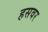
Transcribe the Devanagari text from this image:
हसवर